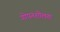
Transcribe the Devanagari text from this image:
गोपनशीलता